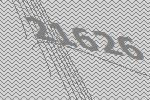
21626